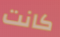
كانت